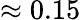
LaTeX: \approx 0.15